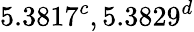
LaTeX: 5.3817^{c},5.3829^{d}